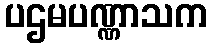
ပဌမပဏ္ဏာသက